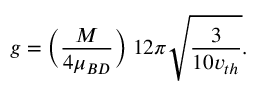
g = \biggl ( \frac { M } { 4 \mu _ { B D } } \biggr ) \; 1 2 \pi \sqrt { \frac { 3 } { 1 0 v _ { t h } } } .